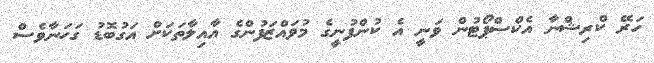
ހަރޭ ކްރިޝްނާ އެކްސްޕޯޓުން ވަނީ އެ ކުންފުނީގެ މުވައްޒަފުންގެ އާއިލާތަކަށް އަގުބޮޑު ގަހަނާވެސް